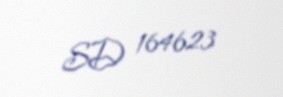
SD 164623